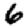
Digit: 6